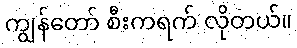
ကျွန်တော် စီးကရက် လိုတယ်။